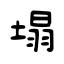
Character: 塌